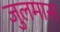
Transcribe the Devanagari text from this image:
जुलमास